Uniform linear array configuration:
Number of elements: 4
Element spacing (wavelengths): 1
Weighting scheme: kaiser
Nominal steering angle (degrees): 60
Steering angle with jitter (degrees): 59.678
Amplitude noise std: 0.05
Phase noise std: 0.05

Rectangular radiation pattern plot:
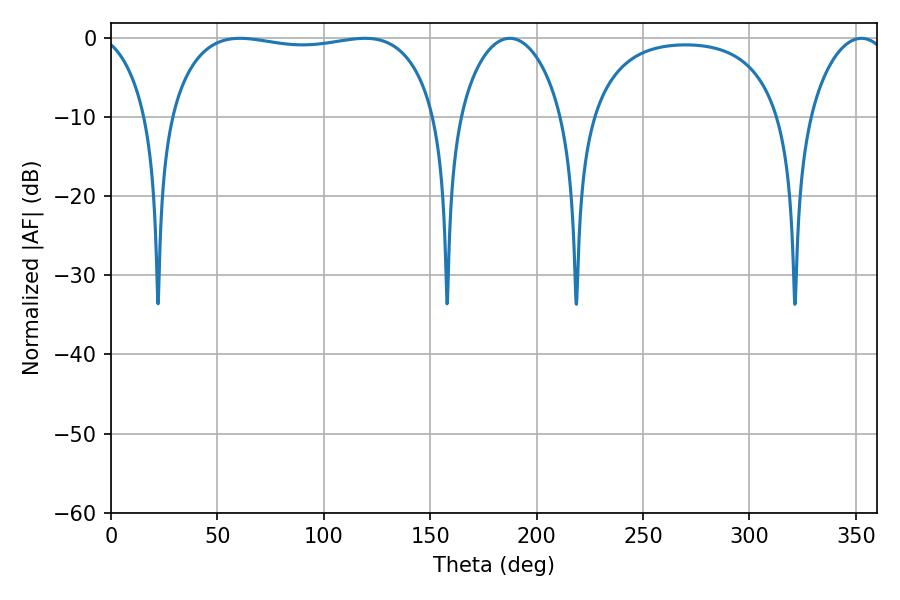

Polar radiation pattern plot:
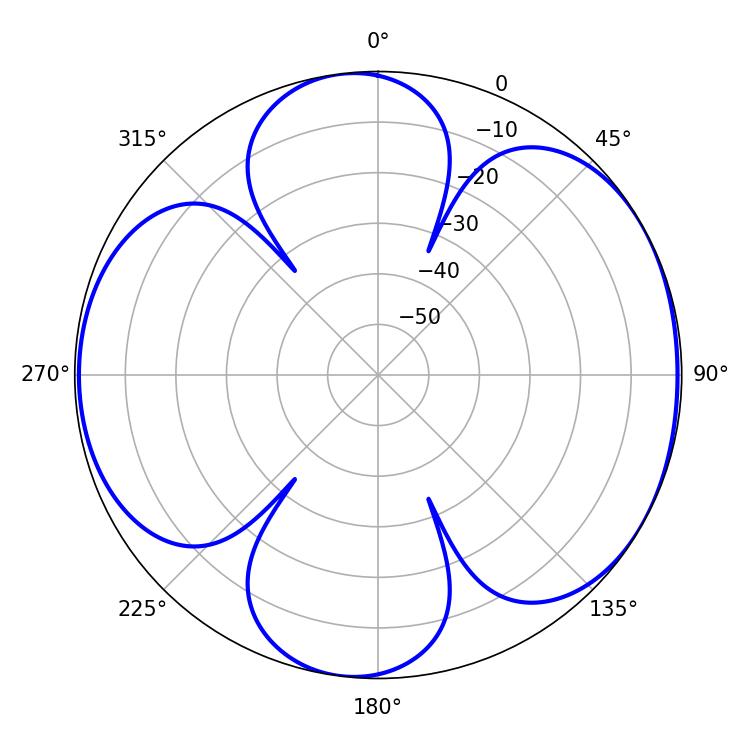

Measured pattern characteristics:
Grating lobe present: TRUE
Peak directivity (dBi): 6.061
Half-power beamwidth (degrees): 27.54
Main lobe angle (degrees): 187.38